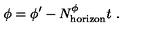
\phi = \phi ^ { \prime } - N _ { \mathrm { \tiny h o r i z o n } } ^ { \phi } t \ .